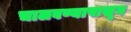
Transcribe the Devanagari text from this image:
चालवण्यापासून